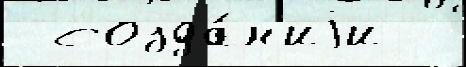
 созда́н'иjи